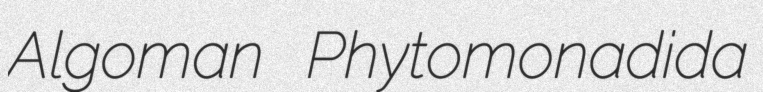
Algoman Phytomonadida